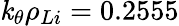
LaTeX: \mathit{k}_{\theta}\rho_{Li}=0.2555